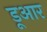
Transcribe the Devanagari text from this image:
डूआर